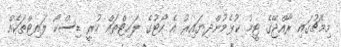
މިމެޗުގައި ރާއްޖޭގެ ޓީމު ކުޅެމުންދިޔައިރު އެ ކޯޓުގެ ލައިޓްތައް ހުރީ ޑިސްކޯ ލައިޓްތަކެއް